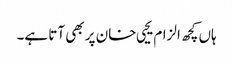
ہاں کچھ الزام یحیی خان پر بھی آتا ہے۔